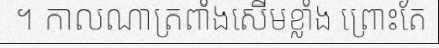
។ កាលណាត្រពាំងសើមខ្លាំង ព្រោះតែ